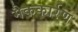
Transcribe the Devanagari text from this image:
मैककार्रण